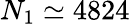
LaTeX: N_{1}\simeq 4824